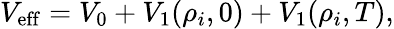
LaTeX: V_{\mathrm{eff}}=V_{0}+V_{1}(\rho_{i},0)+V_{1}(\rho_{i},T),